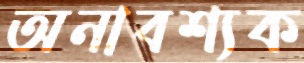
অনাবশ্যক